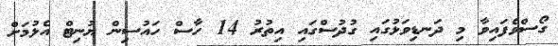
ގޯސްވެފައިވާ މި ދަނޑިވަޅުގައި ގުދުސްގައި އިތުރު 14 ހާސް ހައުސިން ޔުނިޓް އެޅުމަށް